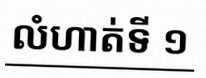
លំហាត់ទី ១